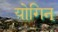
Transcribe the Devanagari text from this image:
योगिन्